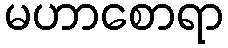
မဟာစောရာ